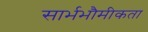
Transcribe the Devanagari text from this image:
सार्भभौमीकता